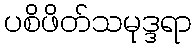
ပစိဖိတ်သမုဒ္ဒရာ